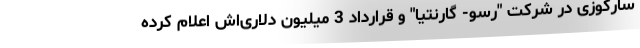
سارکوزی در شرکت "رسو- گارنتیا" و قرارداد 3 میلیون دلاری‌اش اعلام کرده